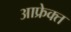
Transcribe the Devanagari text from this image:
आफ्रेक्त